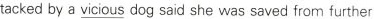
tacked by a vicious dog said she was saved from further